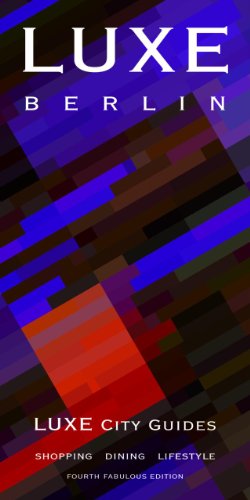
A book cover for LUXE Berlin (LUXE City Guides); LUXE City Guides; Travel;